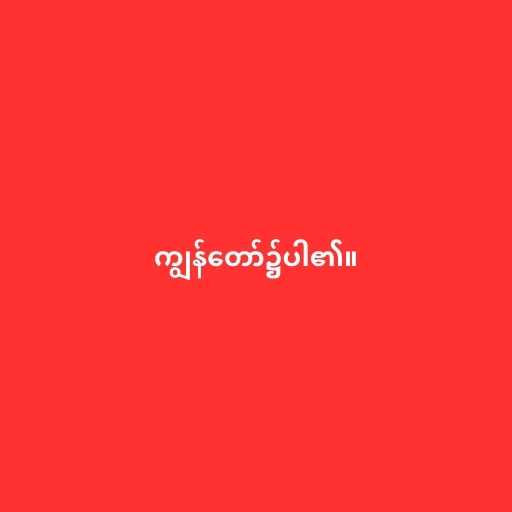
ကျွန်တော်၌ပါ၏။